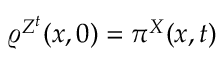
\varrho ^ { Z ^ { t } } ( x , 0 ) = \pi ^ { X } ( x , t )